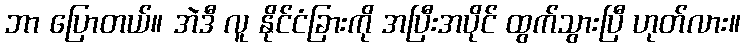
ဘာ ပြောတယ်။ အဲဒီ လူ နိုင်ငံခြားကို အပြီးအပိုင် ထွက်သွားပြီ ဟုတ်လား။